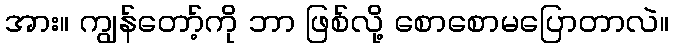
အား။ ကျွန်တော့်ကို ဘာ ဖြစ်လို့ စောစောမပြောတာလဲ။